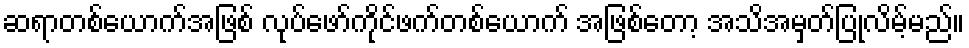
ဆရာတစ်ယောက်အဖြစ် လုပ်ဖော်ကိုင်ဖက်တစ်ယောက် အဖြစ်တော့ အသိအမှတ်ပြုလိမ့်မည်။